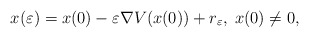
\begin{align*}x(\varepsilon) = x(0) - \varepsilon \nabla V(x(0)) +r_\varepsilon,\; x(0)\neq 0,\end{align*}